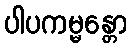
ပါပကမ္မန္တော